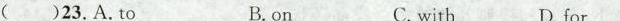
( )23.A.To B.on C. with D. for